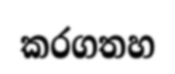
කරගතහ